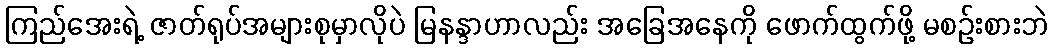
ကြည်အေးရဲ့ ဇာတ်ရုပ်အများစုမှာလိုပဲ မြနန္ဒာဟာလည်း အခြေအနေကို ဖောက်ထွက်ဖို့ မစဉ်းစားဘဲ